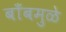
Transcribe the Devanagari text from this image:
बाँबमुळे